Annual report on the health of the army in India
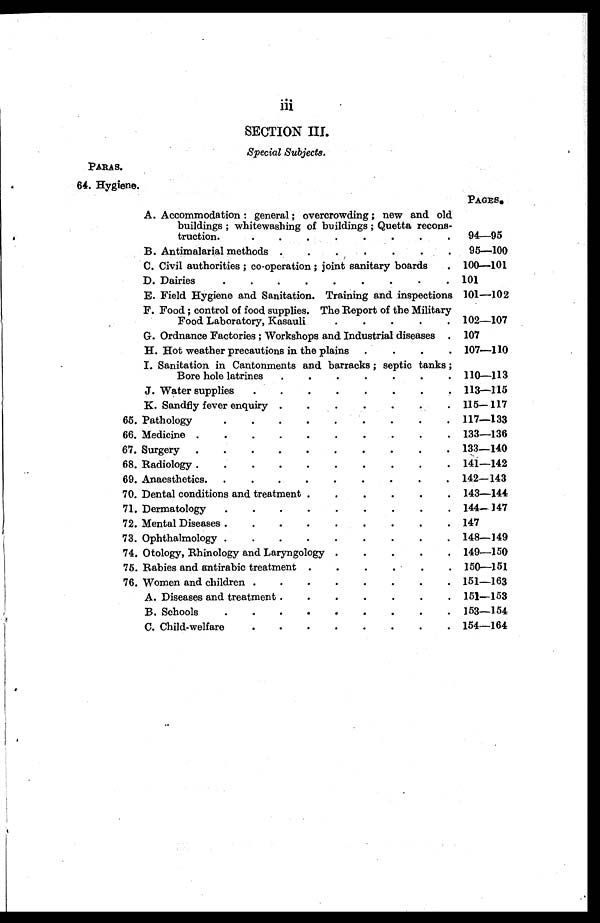
SECTION III
.
Special Subjects.
PARA S.
64. Hygiene.
PAGES.
A. Accommodation : general ; overcrowding ; new and old
buildings ; whitewashing of buildings ; Quetta recons
¬truction.
94—95
B. Antimalarial methods
95—100
C. Civil authorities ; co-operation ; joint sanitary boards
100—101
D. Dairies
101
E. Field Hygiene and Sanitation. Training and inspections 101—102
F. Food ; control of food supplies. The Report of the Military
Food Laboratory, Kasauli
102—107
G. Ordnance Factories ; Workshops and Industrial diseases
107
H. Hot weather precautions in the plains
107—110
I. Sanitation in Cantonments and barracks ; septic tanks ;
Bore hole latrines
110—113
J. Water supplies
113—115
K. Sandfiy fever enquiry
115—117
65. Pathology
117—133
66. Medicine
133—136
67. Surgery
133—140
68. Radiology
141—142
69. Anaesthetics.
142—143
70. Dental conditions and treatment
143—144
71. Dermatology
144—147
72. Mental Diseases
147
73. Ophthalmology
148—149
74. Otology, Rhinology and Laryngology
149—150
75. Rabies and antirabic treatment
150—151
76. Women and children
151—163
A. Diseases and treatment
151—153
B. Schools
153—154
C. Child-welfare
154—164